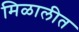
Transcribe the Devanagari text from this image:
मिळालीत